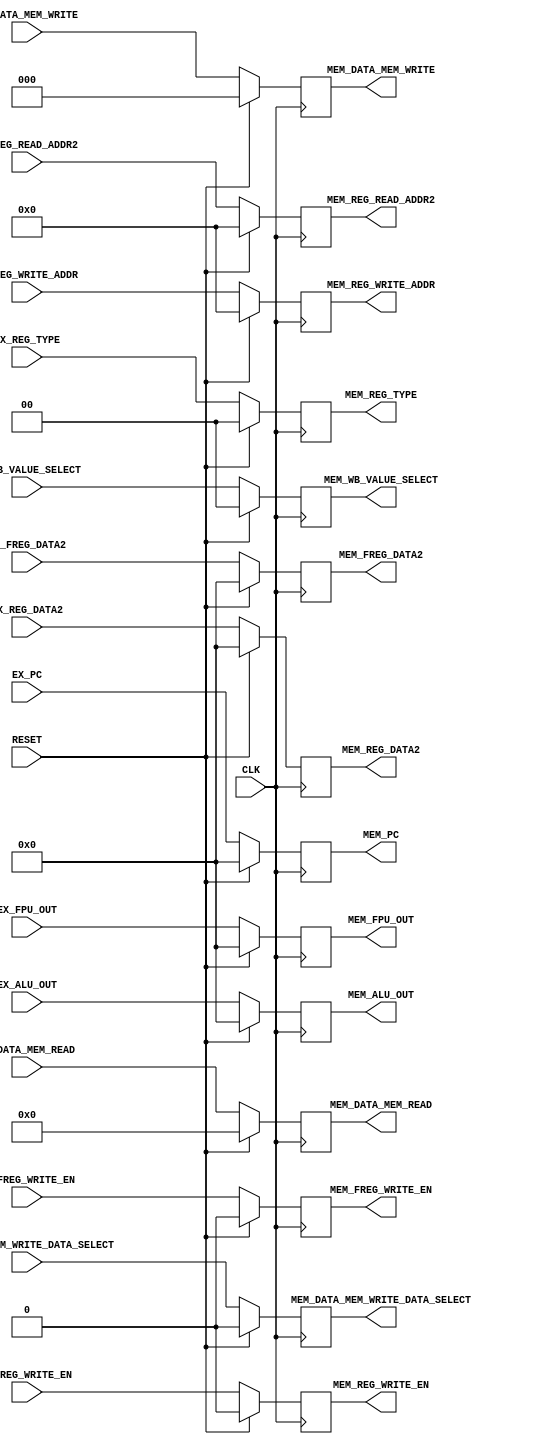
`timescale 1ns/100ps

module pr_ex_mem (
    CLK, RESET, 

    EX_PC, EX_ALU_OUT, EX_REG_DATA2, EX_FREG_DATA2, EX_FPU_OUT,
    EX_REG_WRITE_ADDR, EX_REG_READ_ADDR2, EX_REG_TYPE,
    EX_REG_WRITE_EN, EX_FREG_WRITE_EN, EX_DATA_MEM_WRITE_DATA_SELECT,
    EX_DATA_MEM_WRITE, EX_DATA_MEM_READ, EX_WB_VALUE_SELECT,

    MEM_PC, MEM_ALU_OUT, MEM_REG_DATA2, MEM_FREG_DATA2, MEM_FPU_OUT,
    MEM_REG_WRITE_ADDR, MEM_REG_READ_ADDR2, MEM_REG_TYPE,
    MEM_REG_WRITE_EN, MEM_FREG_WRITE_EN, MEM_DATA_MEM_WRITE_DATA_SELECT,
    MEM_DATA_MEM_WRITE, MEM_DATA_MEM_READ, MEM_WB_VALUE_SELECT
);

    input CLK, RESET;

    input [31:0] EX_PC, EX_ALU_OUT, EX_REG_DATA2, 
                 EX_FPU_OUT, EX_FREG_DATA2;
    input [4:0] EX_REG_WRITE_ADDR, EX_REG_READ_ADDR2;
    input EX_REG_WRITE_EN, EX_FREG_WRITE_EN, 
          EX_DATA_MEM_WRITE_DATA_SELECT;
    input [3:0] EX_DATA_MEM_READ;
    input [2:0] EX_DATA_MEM_WRITE;
    input [1:0] EX_REG_TYPE, EX_WB_VALUE_SELECT;

    output reg [31:0] MEM_PC, MEM_ALU_OUT, MEM_REG_DATA2,
                      MEM_FPU_OUT, MEM_FREG_DATA2;
    output reg [4:0] MEM_REG_WRITE_ADDR, MEM_REG_READ_ADDR2;
    output reg MEM_REG_WRITE_EN, MEM_FREG_WRITE_EN, 
               MEM_DATA_MEM_WRITE_DATA_SELECT;
    output reg [3:0] MEM_DATA_MEM_READ;
    output reg [2:0] MEM_DATA_MEM_WRITE;
    output reg [1:0] MEM_REG_TYPE, MEM_WB_VALUE_SELECT;

    always @ (posedge CLK)
    begin
        if (RESET == 1'b1)
        begin
            MEM_PC <= #0.1 32'd0;
            MEM_ALU_OUT <= #0.1 32'd0;
            MEM_REG_DATA2 <= #0.1 32'd0;
            MEM_FPU_OUT <= #0.1 32'd0;
            MEM_FREG_DATA2 <= #0.1 32'd0;
            MEM_REG_WRITE_ADDR <= #0.1 4'd0;
            MEM_REG_READ_ADDR2 <= #0.1 4'd0;
            MEM_REG_TYPE <= #0.1 2'd0;
            MEM_REG_WRITE_EN <= #0.1 1'd0;
            MEM_FREG_WRITE_EN <= #0.1 1'd0;
            MEM_DATA_MEM_WRITE_DATA_SELECT <= #0.1 1'd0;
            MEM_DATA_MEM_WRITE <= #0.1 3'd0;
            MEM_DATA_MEM_READ <= #0.1 4'd0;
            MEM_WB_VALUE_SELECT <= #0.1 2'd0;
        end
        else
        begin
            MEM_PC <= #0.1 EX_PC;
            MEM_ALU_OUT <= #0.1 EX_ALU_OUT;
            MEM_REG_DATA2 <= #0.1 EX_REG_DATA2;
            MEM_FPU_OUT <= #0.1 EX_FPU_OUT;
            MEM_FREG_DATA2 <= #0.1 EX_FREG_DATA2;
            MEM_REG_WRITE_ADDR <= #0.1 EX_REG_WRITE_ADDR;
            MEM_REG_READ_ADDR2 <= #0.1 EX_REG_READ_ADDR2;
            MEM_REG_TYPE <= #0.1 EX_REG_TYPE;
            MEM_REG_WRITE_EN <= #0.1 EX_REG_WRITE_EN;
            MEM_FREG_WRITE_EN <= #0.1 EX_FREG_WRITE_EN;
            MEM_DATA_MEM_WRITE_DATA_SELECT <= #0.1 EX_DATA_MEM_WRITE_DATA_SELECT;
            MEM_DATA_MEM_WRITE <= #0.1 EX_DATA_MEM_WRITE;
            MEM_DATA_MEM_READ <= #0.1 EX_DATA_MEM_READ;
            MEM_WB_VALUE_SELECT <= #0.1 EX_WB_VALUE_SELECT;
        end
    end
    
endmodule